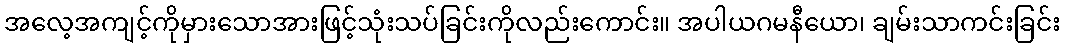
အလေ့အကျင့်ကိုမှားသောအားဖြင့်သုံးသပ်ခြင်းကိုလည်းကောင်း။ အပါယဂမနီယော၊ ချမ်းသာကင်းခြင်း